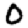
Digit: 0